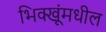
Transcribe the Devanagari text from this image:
भिक्खूंमधील